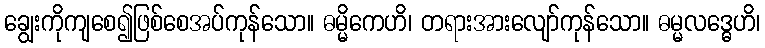
ချွေးကိုကျစေ၍ဖြစ်စေအပ်ကုန်သော။ ဓမ္မိကေဟိ၊ တရားအားလျော်ကုန်သော။ ဓမ္မလဒ္ဓေဟိ၊